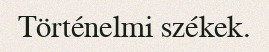
Történelmi székek.